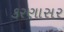
કરણાસર